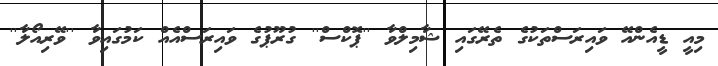
މިއީ ޑީއެންއޭ ވައިރަސްތަކުގެ ތެރޭގައި ޝާމިލްވާ ''ޕޮކްސް'' ގުރޫޕުގެ ވައިރަސްއެއް ކަމުގައިވާ ''ވޭރިއޯލާ''